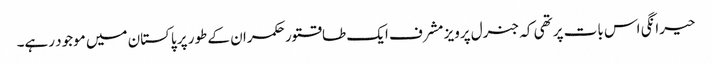
حیرانگی اس بات پر تھی کہ جنرل پرویز مشرف ایک طاقتور حکمران کے طور پر پاکستان میں موجود رہے۔